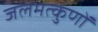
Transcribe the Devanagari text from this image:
जलमत्कुणों